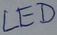
Text: LED